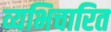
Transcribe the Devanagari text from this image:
व्यभिचारित